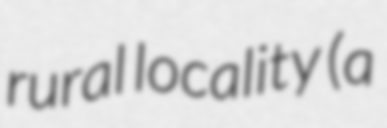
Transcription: rural locality (a